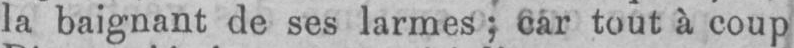
la baignant de ses larmes; car tout à coup